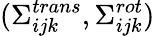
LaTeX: (\Sigma_{ijk}^{trans},\Sigma_{ijk}^{rot})